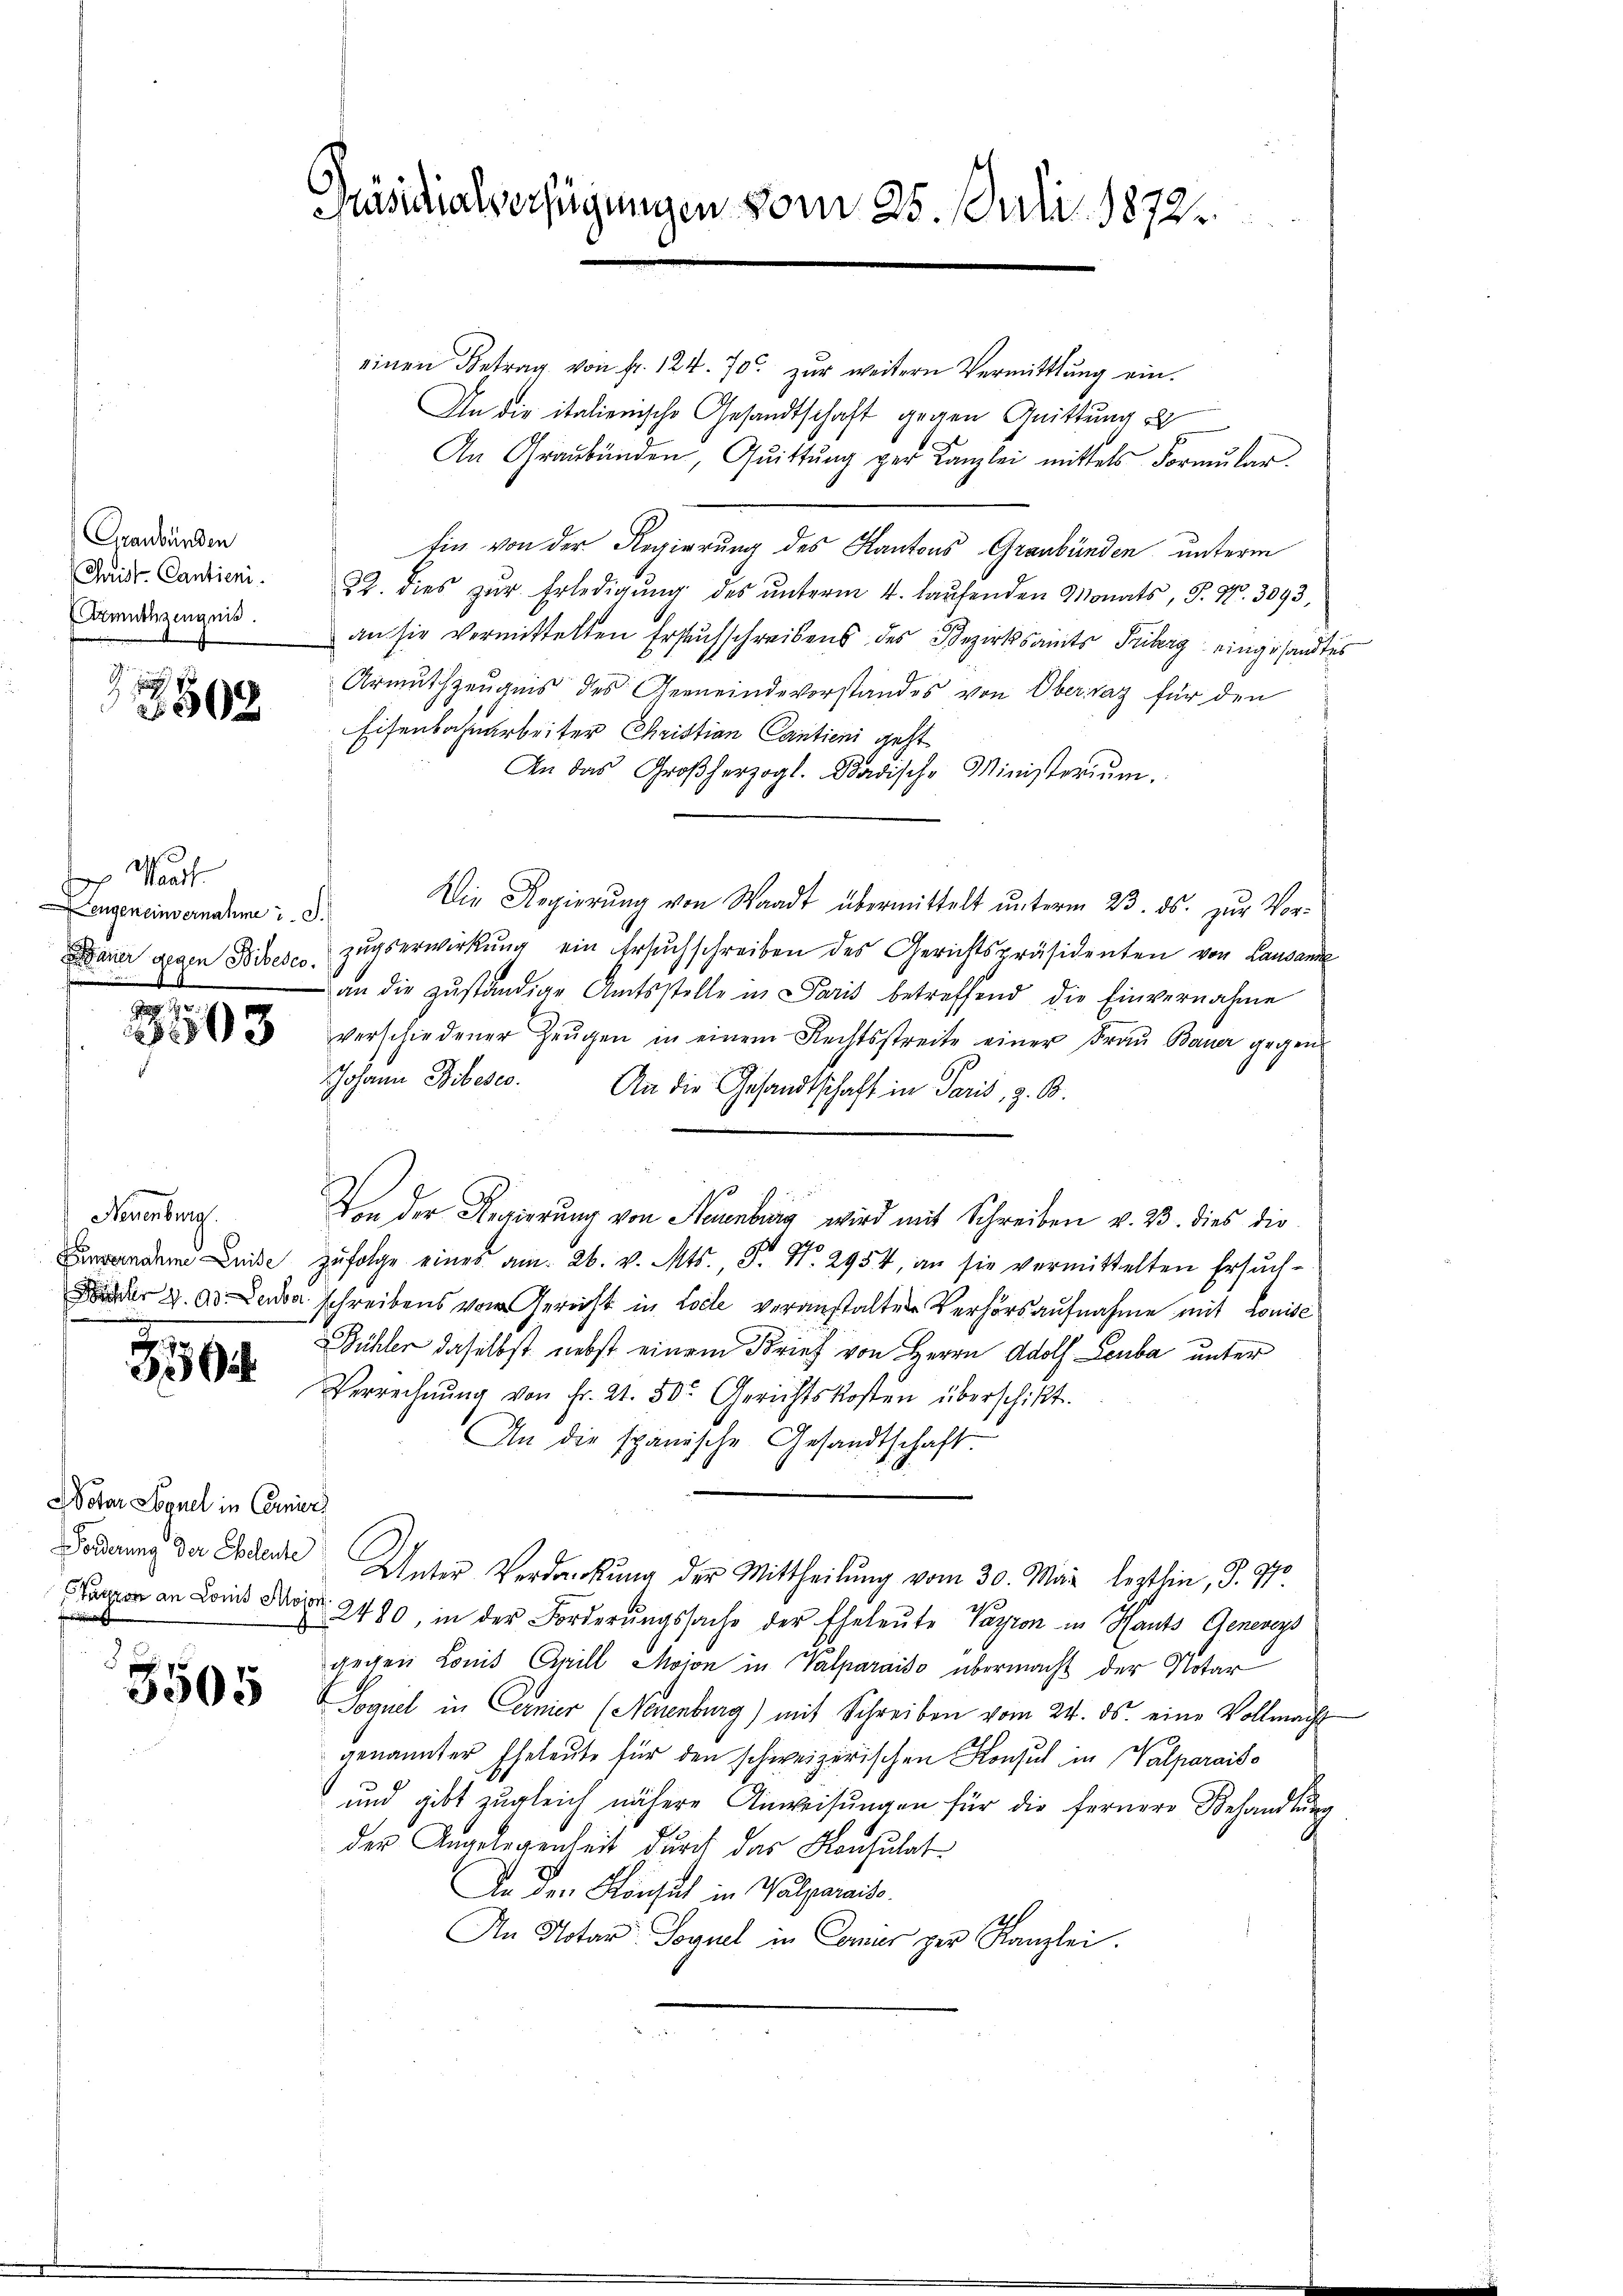
Graubünden
Chaist. Cantieni
Armuthzeugnis.

8502

Mart.
Lengeneinvernahme u. I.
Dauer gegen Bibeses

3503

Neuenburg.
Funsernahme Luise

3504.

Notar Sequel in Corni
Forderung der Eheleute

3505

Präsidialverfügungen vom 25. Juli 1872.

einen Betrag von fr. 124. 70. zŭr weitern Vermittlung ein-
An die italienische Gesandtschaft gegen Quittung d
An Graubünden, Quittung ger Kanzlei mittels Formŭlar
tin von der Regierung des Kantons Graubünden unterm
22. dies zŭr Erledigŭng des ŭnterm 4. laŭfenden Monats, S. Nr. 3093,
an sie vermittelten Ersuchschreibens des Bezirksamts überg eingesandtes
Armuthzeugnis des Gemeindevorstandes von Obervaz für den
Eisenbahnarbeiter Christian Cantien geht
An das Großherzogl. Badische Ministerium.
Die Regierung von Waadt übermittelt unterm 23. ds. zur Vorzugserwirkung ein Ersuchschreiben des Gerichtspräsidenten von Lausanne
an die zŭständige Amtsstelle in Paris betreffend die Einvernahme
verschiedener Zeŭgen in einem Rechtsstreite einer Fraŭ Bauer gegens
Johann Bibesco. An die Gesandtschaft in Paris, z. B.
Von der Regierung von Neuenburg wird mit Schreiben v. 23. dies die
zŭfolge eines am 26. v. Mts., Dr. No. 2954, an sie vermittelten Ersuch-
der 4. A. Lana schreibens vom Gericht in Loche veranstalten Verhörsaufnahme mit Louise
Bühler daselbst nebst einem Brief von Herrn Adolf Leuba unter
Verrechnŭng von Fr. 21. 50. Gerichtskosten überschikt.
An die spanische Gesandtschaft.
e
Unter Verdankŭng der Mittheilŭng vom 30. Mai lezthin, S. 970.
1
2
Kanzen an Lois Max 2480, in der Forderŭngssache der Eheleute Jagion in Hauts Genevers
gegen Comit Cill Moion in Valparaiso übermacht der Notar
Soguel in Cernier (Neuenburg) mit Schreiben vom 24. ds. eine Vollmacht
genannter Eheleute für den schweizerischen Konsul in Valparaiso
und gibt zugleich nähere Anweisungen für die fernere Behandlung
der Angelegenheit durch das Konsulat
An den Konsul in Walparaiso
An Notar Soviel in Cornis per Kanzlei.